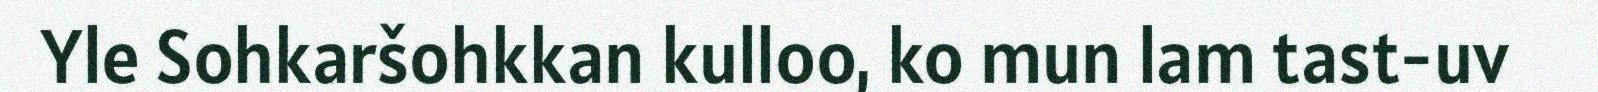
Yle Sohkaršohkkan kulloo, ko mun lam tast-uv